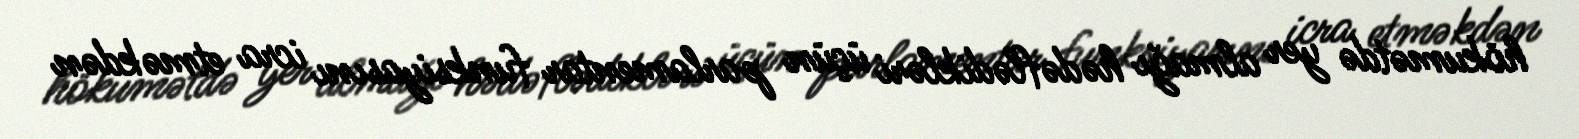
hökumətdə yer almağı hədəflədikləri üçün parlamentar funksiyasını icra etməkdən